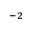
^ { - 2 }